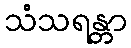
သံသရန္တာ